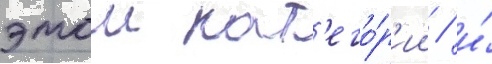
этои кат'его́р'ии / и́